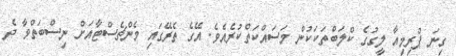
ގިނަ ޕްރިމިއާ ލީގުގެ ކްލަބްތަކަކުން މަސައްކަތްކުރެއެވެ. އޭގެ ތެރޭގައި މެންޗެސްޓާއަށް ނިސްބަތްވާ ދެ